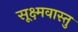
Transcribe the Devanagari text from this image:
सूक्ष्मवास्तु